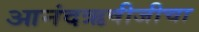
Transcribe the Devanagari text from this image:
आनंदऋषीजीचा